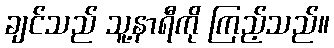
ချင်သည် သူ့နာရီကို ကြည့်သည်။